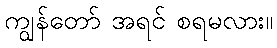
ကျွန်တော် အရင် စရမလား။